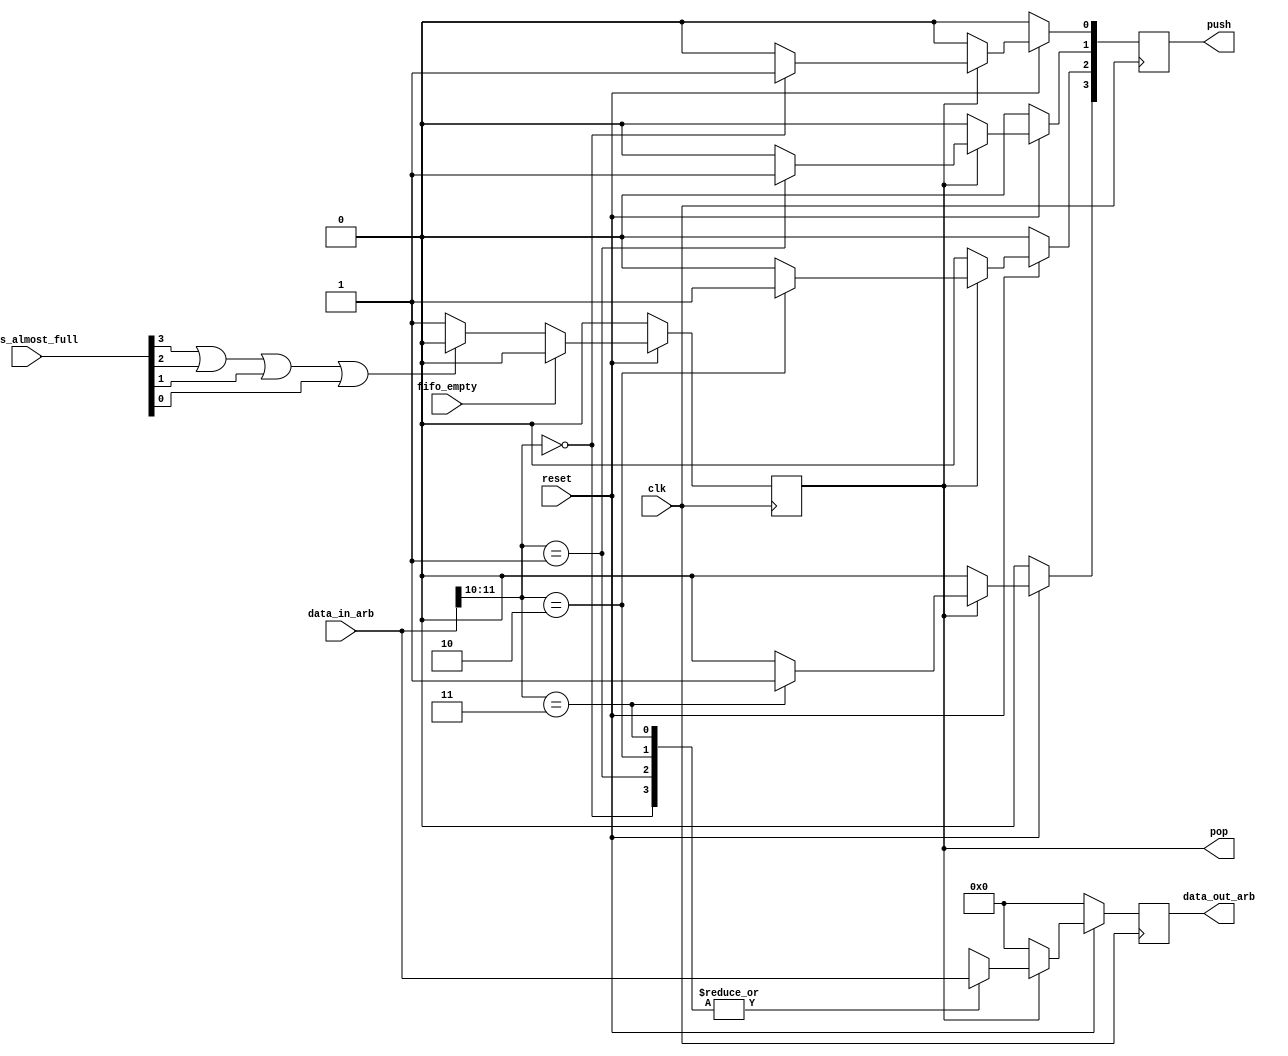
module arbitro2 #(
	// Tamao de cada celda de memoria, [11:10] clase [9:8] destino [7:0] datos
    parameter WORD_SIZE = 12

) (
    input clk,
    input reset,
    input [WORD_SIZE-1:0] data_in_arb,
    input fifo_empty,
    input [3:0] fifos_almost_full,
    output reg [WORD_SIZE-1:0] data_out_arb,
    output reg pop,
    output reg [3:0] push
);
    reg [1:0] class;

    always @(posedge clk) begin
        if (!reset) begin
            pop <= 0;
            push <= 0;
            data_out_arb <= 0;
        end
        else begin
            if (fifo_empty) begin
                pop <= 0;
                push <= 0;
                data_out_arb <= 0;
            end
            else begin
                if (fifos_almost_full[3] | fifos_almost_full[2] | fifos_almost_full[1] | fifos_almost_full[0]) begin
                    pop <= 0;
                    push <= 0;
                    data_out_arb <= 0;
                end
                else begin
                    pop <= 1;
                    push <= 0;
                end
            end
            if (pop) begin
                case (class)
                    2'b00: begin
                        push[0] <= 1;
                        data_out_arb <= data_in_arb;
                    end
                    2'b01: begin
                        push[1] <= 1;
                        data_out_arb <= data_in_arb;
                    end
                    2'b10: begin
                        push[2] <= 1;
                        data_out_arb <= data_in_arb;
                    end
                    2'b11: begin
                        push[3] <= 1;
                        data_out_arb <= data_in_arb;
                    end
                endcase
            end    
            else data_out_arb <= 0;
        end
    end

    always @(*) begin
        class = data_in_arb[WORD_SIZE-1:WORD_SIZE-2];
    end
endmodule